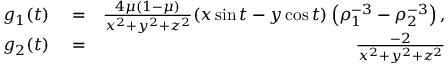
\begin{array} { r l r } { g _ { 1 } ( t ) } & { { } = } & { \frac { 4 \mu ( 1 - \mu ) } { x ^ { 2 } + y ^ { 2 } + z ^ { 2 } } ( x \sin { t } - y \cos { t } ) \left( \rho _ { 1 } ^ { - 3 } - \rho _ { 2 } ^ { - 3 } \right) , } \\ { g _ { 2 } ( t ) } & { { } = } & { \frac { - 2 } { x ^ { 2 } + y ^ { 2 } + z ^ { 2 } } } \end{array}